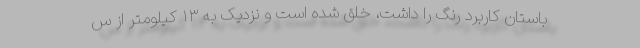
باستان کاربرد رنگ را داشت، خلق شده است و نزدیک به ۱۳ کیلومتر از س